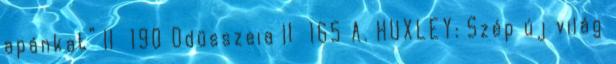
apánkat” II 190 Odüsszeia II 165 A. HUXLEY: Szép új világ